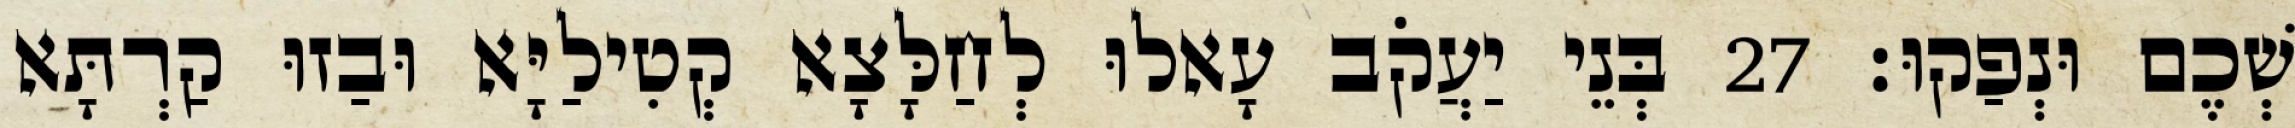
שְׁכֶם וּנְפַקוּ׃ 27 בְּנֵי יַעֲקֹב עָאלוּ לְחַלָּצָא קְטִילַיָּא וּבַזוּ קַרְתָּא